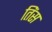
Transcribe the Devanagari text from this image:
तिंस